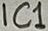
Text: IC1